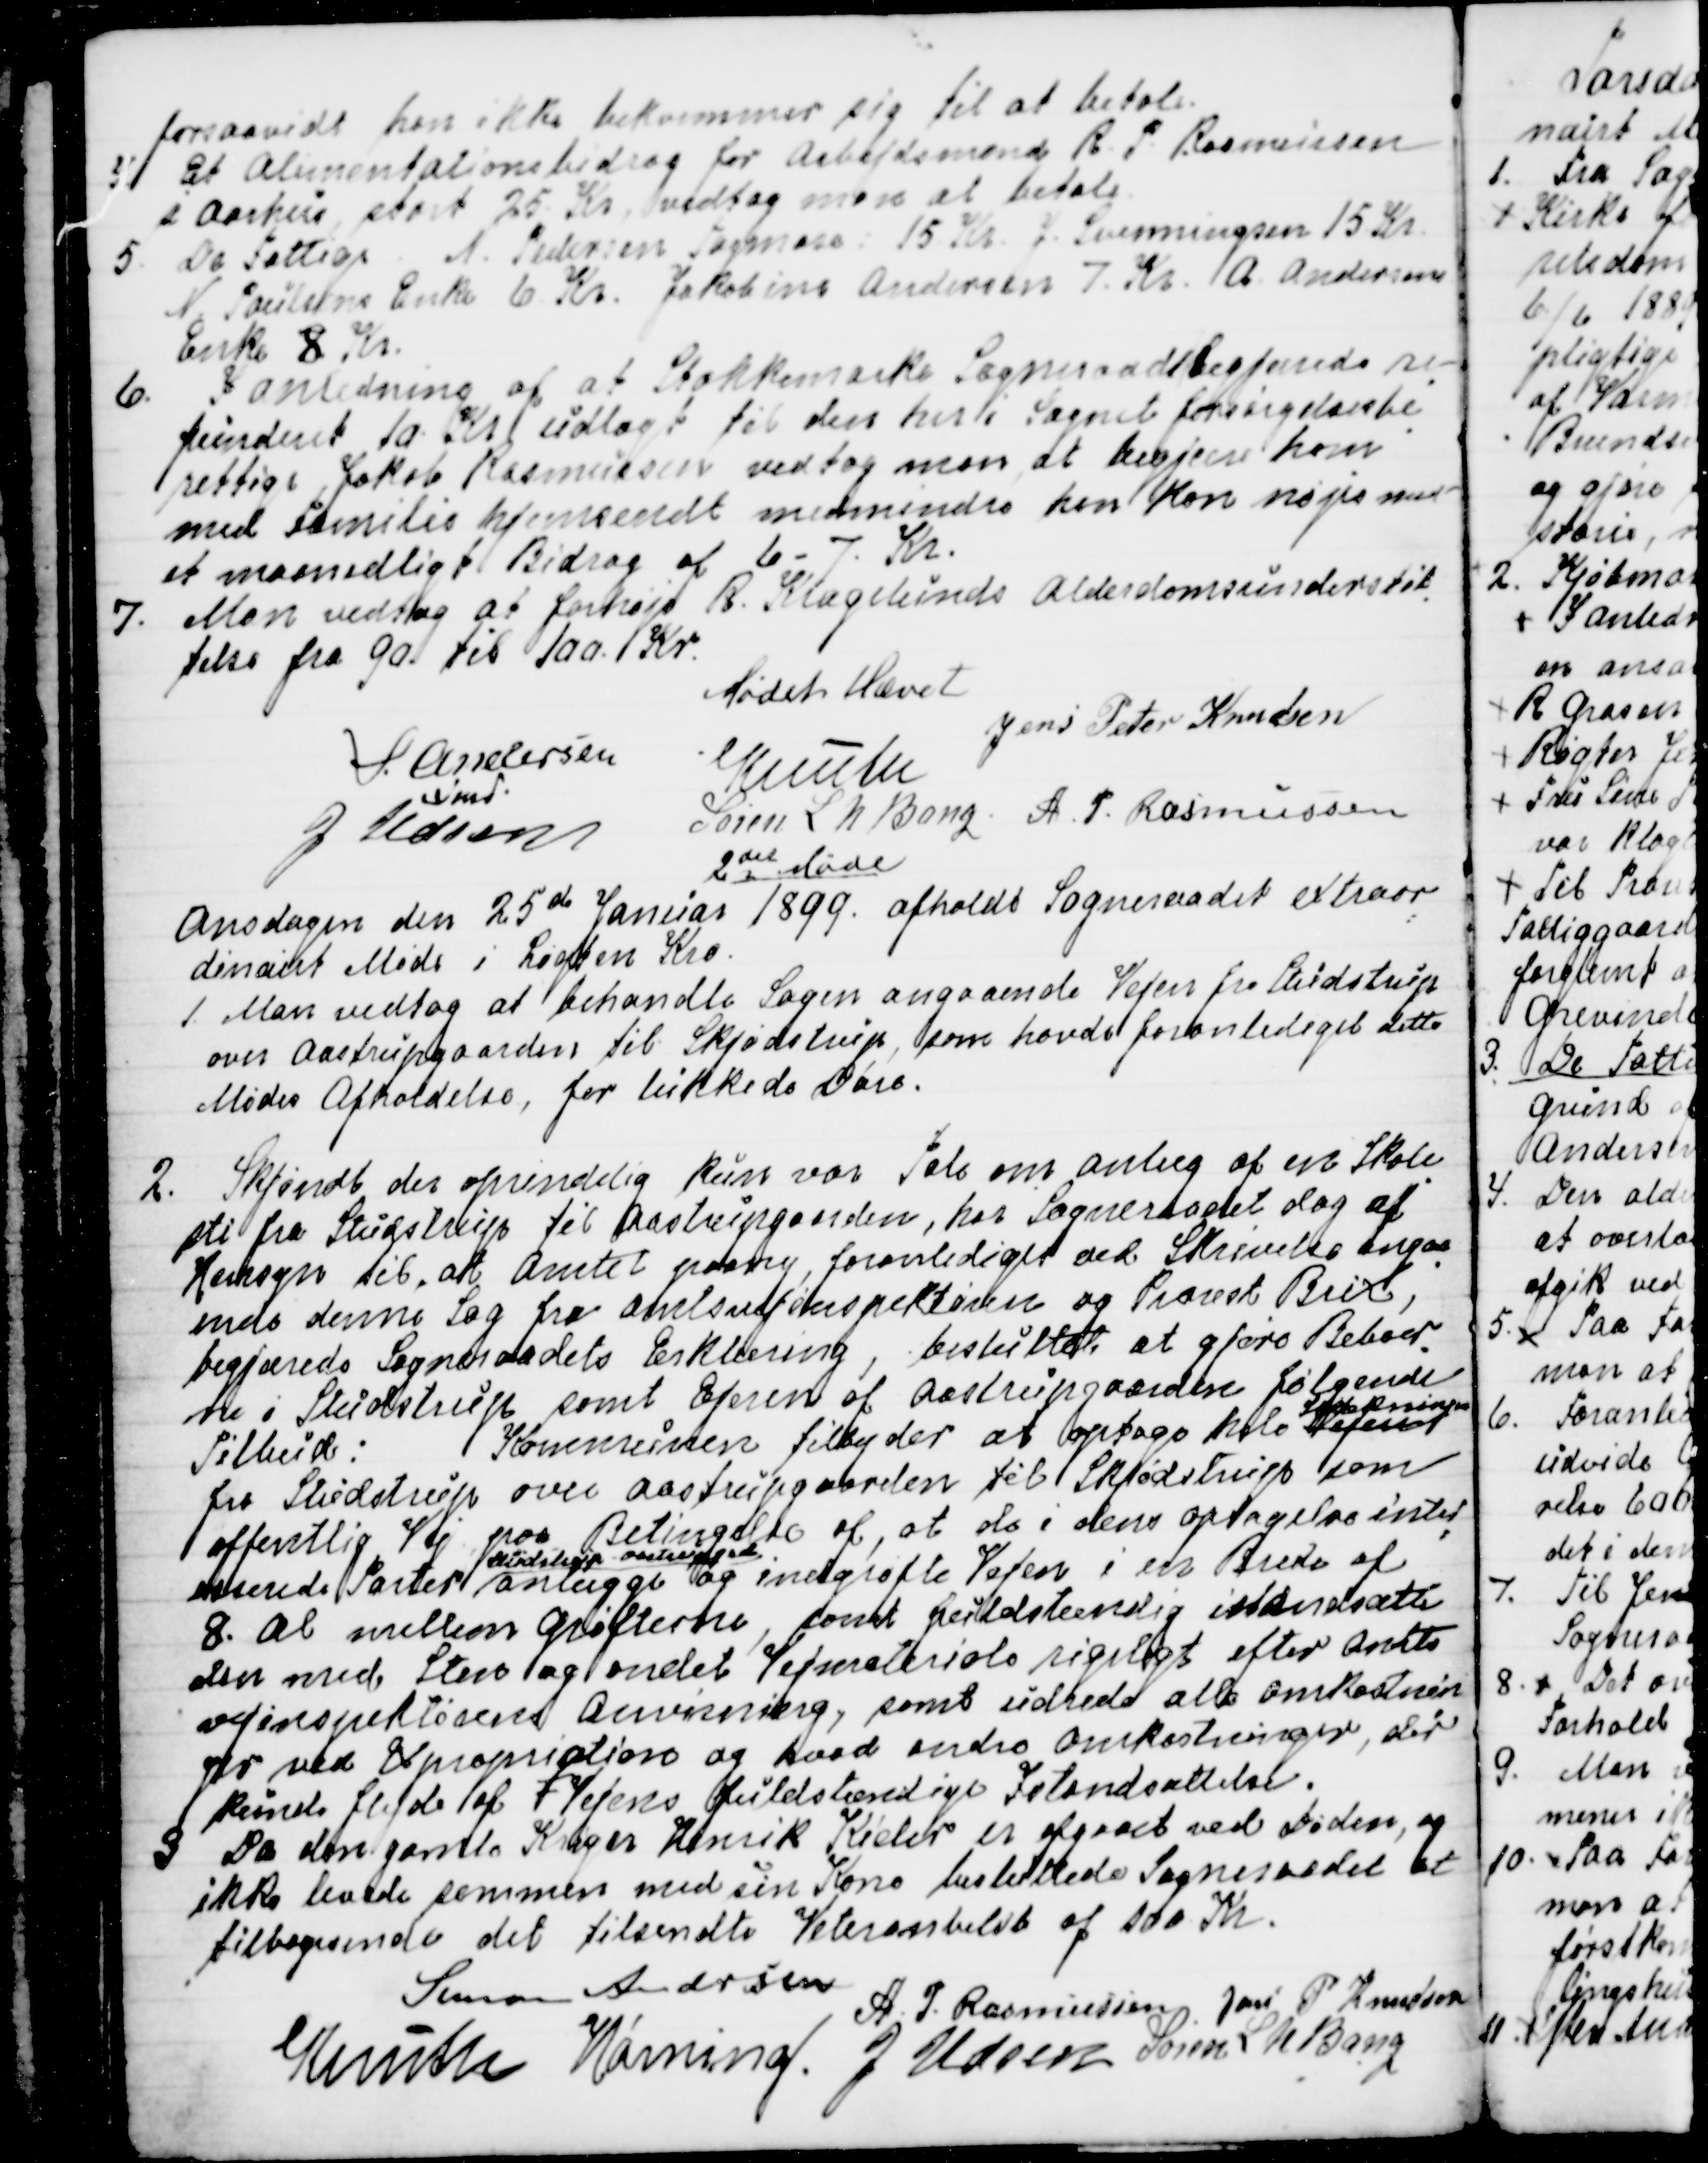
Transskription:
forsaavidt han ikke bekvemmer sig til at betale.
4. Et Alimentationsbidrag for Arbejdsmand R. P. Rasmussen
i Aarhus stort 25 Kr. vedtog man at betale
5 De Fattige. N. Pedersen Tagmose: 15 Kr. J. Svenningsen 15 Kr.
N. Poulsens Enke 6 Kr. Jakobine Andersen 7. Kr. A. Andersens
Enke 8 Kr.
6. I Anledning af at Stokkemarke Sogneraad begjærede re
=
funderet 10 Kr udlagt til den heri Sognet forsørgelsesbe
=
rettige, Jakob Rasmussen vedtog man at begjære ham
med Familie hjemsendt medmindre han kan nøjes med
et maanedligt Bidrag af 6 - 7 Kr.
7. Man vedtog at forhøje R. Kragelunds  Alderdomsunderstøt
=
telse fra 90. til 100. Kr.
Mødet Hævet
S. Andersen
Fmd.
Jens Peter Knudsen
Knuth
J Udsen
Søren L N Bang
A. P. Rasmussen

2det Møde.
Onsdagen den 25de Januar 1899 afholdt Sogneraadet extraor
=
dinairt Møde i Løgten Kro.
1. Man vedog at behandle Sagen angaaende Vejen fra Studstrup
over Aastrupgaarden til Skjødstrup, som havde foranlediget dette
Mødes afholdelse, for lukkede Døre.
2. Skjøndt der oprindelig kun var Tale om anlæg af en Skole
=
sti fra Studstrup til Aastrupgaarden, har Sogneraadet dog af
Hensyn til, at Amtet paany, foranlediget ved Skrivelse angaa
=
ende denne Sag fra Amtsvejinspektøren og Provst Brix,
begjærede Sogneraadets Erklæring, besluttet at gjøre Beboer
=
ne i Studstrup samt Ejeren af Aastrupgaarden følgende
Tilbud: Kommunen tilbyder at optage hele Vejen
Strækningen
fra Studstrup over Aastrupgaarden til Skjødstrup som
offentlig Vej paa Betingelse af, at de i dens optagelse inter
=
esserede Parter 
Studstrup - Aastrupgaard
anlægge og indgrøfte Vejen i en Brede af 
8. Al mellem Grøfterne, samt fuldstændig istandsætte
den med Sten og andet Vejmateriale rigeligt efter Amts
vejinspektørens Anvisning, samt udrede alle Omkostnin
=
ger ved Expropriation og hvad andre Omkostninger, der
kunne flyde af Vejens fuldstændige Istandsættelse.
9 Da den gamle Kriger Henrik Kieler er afgaaet ved Døden, og
ikke levede sammen med sin Kone besluttede Sogneraadet at
tilbagesende det tilsendte Veteranbeløb af 100 Kr.
Simon Andersen
A. P. Rasmussen
Jens P Knudsen
Knuth
Hørning.
J Udsen
Søren L N Bang